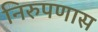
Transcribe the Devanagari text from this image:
निरुपणास